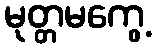
မုတ္တမကွေ့